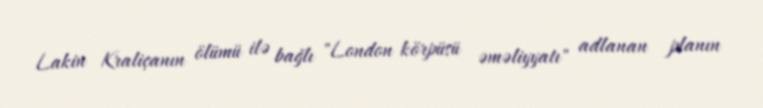
Lakin Kraliçanın ölümü ilə bağlı "London körpüsü əməliyyatı" adlanan planın